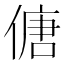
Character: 傏